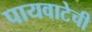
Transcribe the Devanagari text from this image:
पायवाटेची